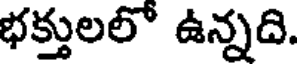
భక్తులలో ఉన్నది.